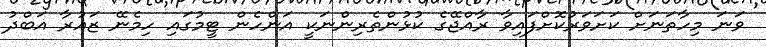
ވަނަ މިހާތަނަށް ކަށަވަރުކޮށްފައިވާ ރާއްޖޭގެ ކުޅުންތެރިންނަކީ އަންހެން ޓީމުގައި ހިމެނޭ ޒައުރާ އަބްދު